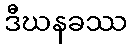
ဒီဃနခဿ